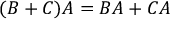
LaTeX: ( B + C ) A = B A + C A